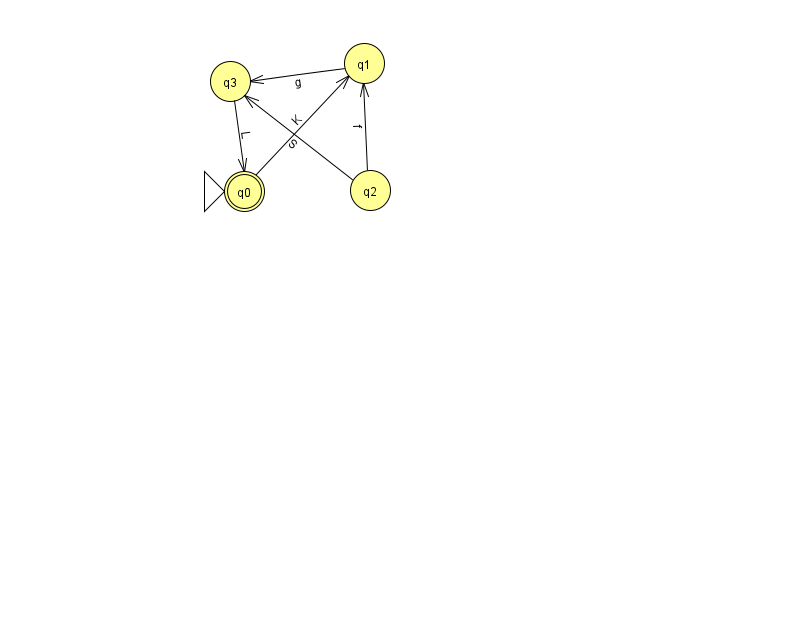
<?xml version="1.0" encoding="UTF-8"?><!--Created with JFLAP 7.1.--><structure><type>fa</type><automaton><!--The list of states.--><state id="0" name="q0"><x>244.0</x><y>178.0</y><initial/><final/></state><state id="1" name="q1"><x>364.0</x><y>50.0</y></state><state id="2" name="q2"><x>370.0</x><y>177.0</y></state><state id="3" name="q3"><x>230.0</x><y>68.0</y></state><!--The list of transitions.--><transition><from>0</from><to>1</to><read>K</read></transition><transition><from>2</from><to>1</to><read>f</read></transition><transition><from>2</from><to>3</to><read>S</read></transition><transition><from>1</from><to>3</to><read>g</read></transition><transition><from>3</from><to>0</to><read>L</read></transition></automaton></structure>